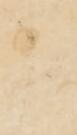
申